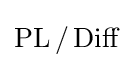
\operatorname {PL} /\operatorname {Diff}